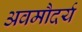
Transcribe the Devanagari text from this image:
अवमौदर्य